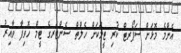
އެންމެ މޮޅަށް ސަޕޯރޓް ކުރި ޓީމަކަށް ހެލްތް ސެންޓަރގެ ޓީމް ހޮވިފާ ވާއިރު